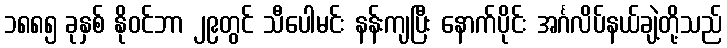
၁၈၈၅ ခုနှစ် နိုဝင်ဘာ ၂၉တွင် သီပေါမင်း နန်းကျပြီး နောက်ပိုင်း အင်္ဂလိပ်နယ်ချဲ့တို့သည်